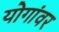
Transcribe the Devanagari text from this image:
योगांवर